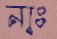
নাঃ